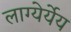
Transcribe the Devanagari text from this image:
लाग्येर्येय